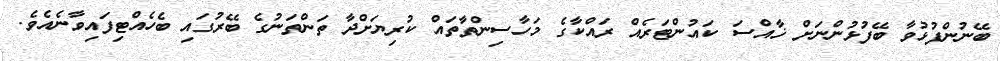
ބޭނުންފުޅުވާ ބޭފުޅުންނަށް ޚާއްސަ ކައުންޓަރެއް ރައްކާގެ މަހާސިންތާތައް ކުރިޔަށްދާ ތަންތަނުގެ ބޭރުގައި ބެހެއްޓިފައިވާނެއެވެ.